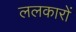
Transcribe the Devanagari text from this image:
ललकारों